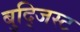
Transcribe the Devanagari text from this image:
बुद्जिस्ट